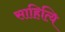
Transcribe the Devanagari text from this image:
साहित्यि